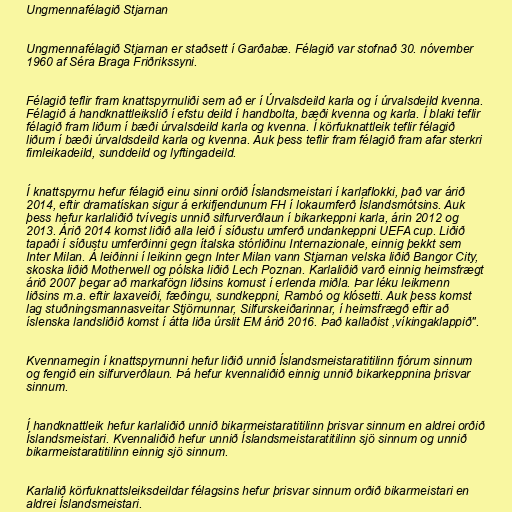
Ungmennafélagið Stjarnan

Ungmennafélagið Stjarnan er staðsett í Garðabæ. Félagið var stofnað 30. nóvember
1960 af Séra Braga Friðrikssyni.

Félagið teflir fram knattspyrnuliði sem að er í Úrvalsdeild karla og í úrvalsdeild kvenna.
Félagið á handknattleikslið í efstu deild í handbolta, bæði kvenna og karla. Í blaki teflir
félagið fram liðum í bæði úrvalsdeild karla og kvenna. Í körfuknattleik teflir félagið
liðum í bæði úrvaldsdeild karla og kvenna. Auk þess teflir fram félagið fram afar sterkri
fimleikadeild, sunddeild og lyftingadeild.

Í knattspyrnu hefur félagið einu sinni orðið Íslandsmeistari í karlaflokki, það var árið
2014, eftir dramatískan sigur á erkifjendunum FH í lokaumferð Íslandsmótsins. Auk
þess hefur karlaliðið tvívegis unnið silfurverðlaun í bikarkeppni karla, árin 2012 og
2013. Árið 2014 komst liðið alla leið í síðustu umferð undankeppni UEFA cup. Liðið
tapaði í síðustu umferðinni gegn ítalska stórliðinu Internazionale, einnig þekkt sem
Inter Milan. Á leiðinni í leikinn gegn Inter Milan vann Stjarnan velska liðið Bangor City,
skoska liðið Motherwell og pólska liðið Lech Poznan. Karlaliðið varð einnig heimsfrægt
árið 2007 þegar að markafögn liðsins komust í erlenda miðla. Þar léku leikmenn
liðsins m.a. eftir laxaveiði, fæðingu, sundkeppni, Rambó og klósetti. Auk þess komst
lag stuðningsmannasveitar Stjörnunnar, Silfurskeiðarinnar, í heimsfrægð eftir að
íslenska landsliðið komst í átta liða úrslit EM árið 2016. Það kallaðist ,víkingaklappið".

Kvennamegin í knattspyrnunni hefur liðið unnið Íslandsmeistaratitilinn fjórum sinnum
og fengið ein silfurverðlaun. Þá hefur kvennaliðið einnig unnið bikarkeppnina þrisvar
sinnum.

Í handknattleik hefur karlaliðið unnið bikarmeistaratitilinn þrisvar sinnum en aldrei orðið
Íslandsmeistari. Kvennaliðið hefur unnið Íslandsmeistaratitilinn sjö sinnum og unnið
bikarmeistaratitilinn einnig sjö sinnum.

Karlalið körfuknattsleiksdeildar félagsins hefur þrisvar sinnum orðið bikarmeistari en
aldrei Íslandsmeistari.